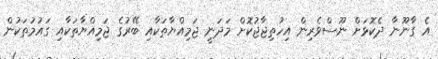
އެ ގާނޫނާ ދެކޮޅަށް ނޫސްވެރިން އިހުތިޖާޖުކޮށް މަދަނީ ޖަމިއްޔާތަކާއި ބޭރުގެ ޖަމިއްޔާތަކާއި ގައުމުތަކުން